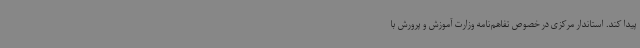
پیدا کند. استاندار مرکزی در خصوص تفاهم‌نامه وزارت آموزش و پرورش با